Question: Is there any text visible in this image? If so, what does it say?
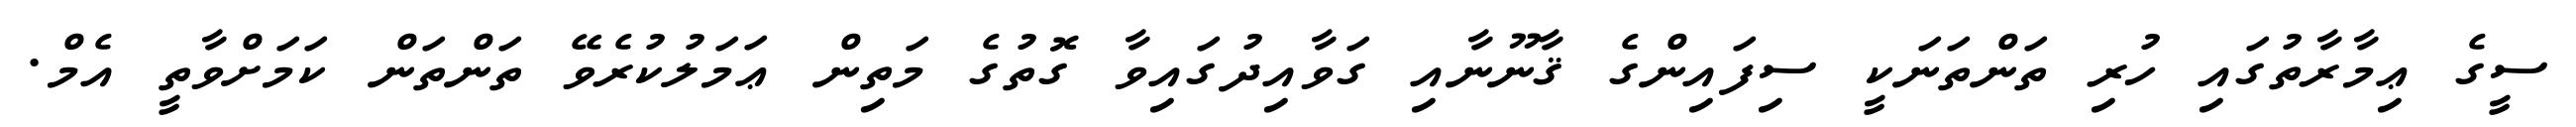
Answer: ސީގެ ޢިމާރާތުގައި ހުރި ތަންތަނަކީ ސިފައިންގެ ޤާނޫނާއި ގަވާއިދުގައިވާ ގޮތުގެ މަތިން ޢަމަލުކުރެވޭ ތަންތަން ކަމަށްވާތީ އެމް.